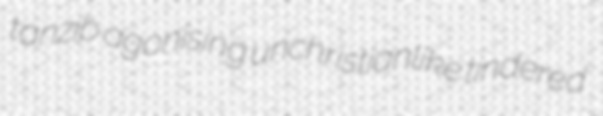
tanzib agonising unchristianlike tindered